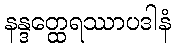
နန္ဒတ္ထေရဿာပဒါနံ